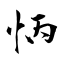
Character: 怲